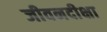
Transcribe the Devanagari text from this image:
जीवनदीक्षा